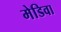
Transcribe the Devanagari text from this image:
मेडिवा